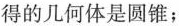
得的几何体是圆锥；